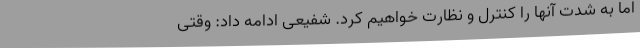
اما به شدت آنها را کنترل و نظارت خواهیم کرد. شفیعی ادامه داد: وقتی